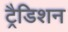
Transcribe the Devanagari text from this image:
ट्रैडिशन